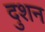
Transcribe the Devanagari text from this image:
दुशन